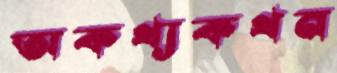
অকথ্যকথন